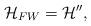
LaTeX: \begin{align*} {\cal H}_{FW}={\cal H}'', \end{align*}